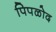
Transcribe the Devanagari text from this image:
पिपळोद